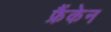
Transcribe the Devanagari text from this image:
फ्रैंकेन